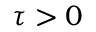
\tau > 0